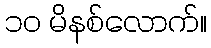
၁၀ မိနစ်လောက်။